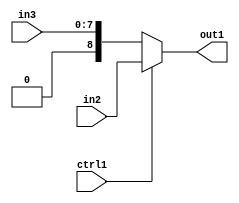
`timescale 1ps / 1ps
/*****************************************************************************
    Verilog RTL Description
    
    
    Created by: Stratus DpOpt 21.05.01 
*******************************************************************************/

module Filter_N_Mux_9_2_1_1 (
	in3,
	in2,
	ctrl1,
	out1
	); /* architecture "behavioural" */ 
input [7:0] in3;
input [8:0] in2;
input  ctrl1;
output [8:0] out1;
wire [8:0] asc001;

reg [8:0] asc001_tmp_0;
assign asc001 = asc001_tmp_0;
always @ (ctrl1 or in2 or in3) begin
	case (ctrl1)
		1'B1 : asc001_tmp_0 = in2 ;
		default : asc001_tmp_0 = in3 ;
	endcase
end

assign out1 = asc001;
endmodule

/* CADENCE  uLPwSgo= : u9/ySxbfrwZIxEzHVQQV8Q== ** DO NOT EDIT THIS LINE ******/